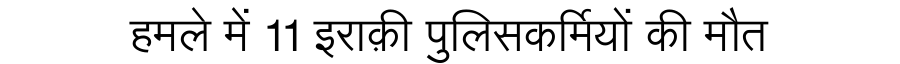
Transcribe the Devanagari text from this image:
हमले में 11 इराक़ी पुलिसकर्मियों की मौत